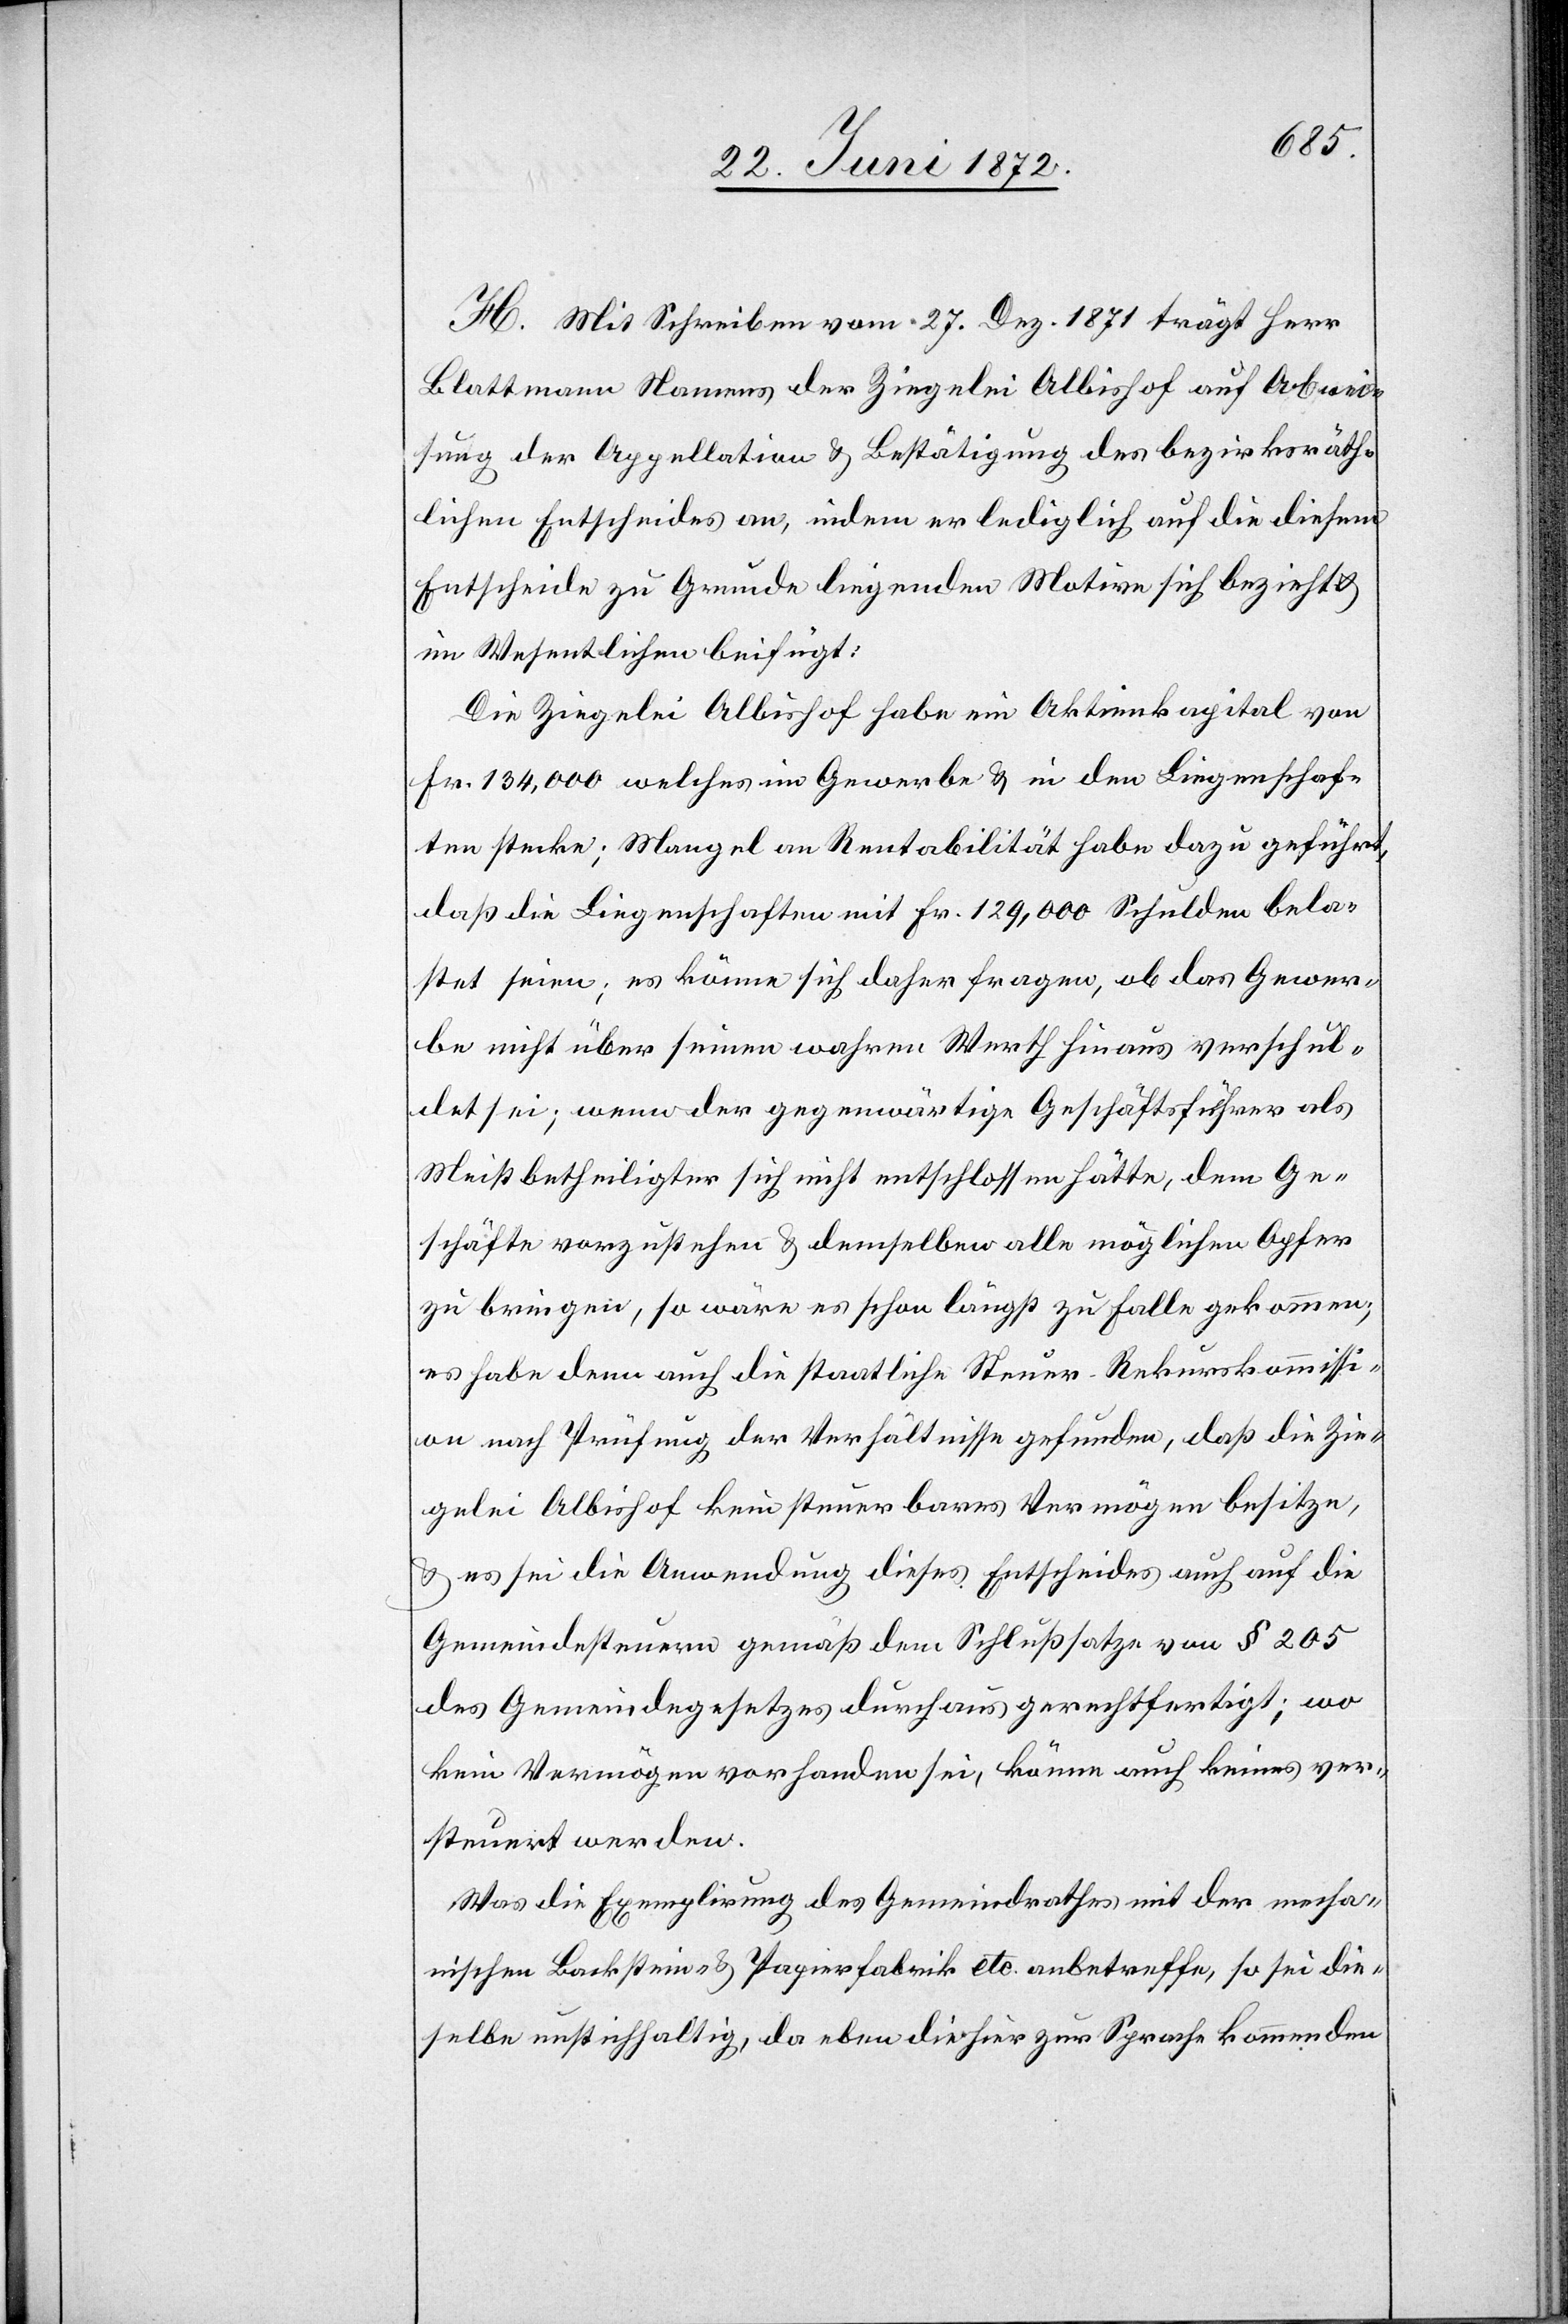
H. Mit Schreiben vom 27. Dez. 1871 trägt Herr
Blattmann Namens der Ziegelei Albishof auf Abwei¬
sung der Appellation u. Bestätigung des bezirksräth¬
lichen Entscheides an, indem er lediglich auf die diesem
Entscheide zu Grunde liegenden Motive sich bezieht u.
im Wesentlichen beifügt:
Die Ziegelei Albishof habe ein Aktienkapital von
Fr. 134,000 welches im Gewerbe u. in den Liegenschaf¬
ten stecke; Mangel an Rentabilität habe dazu geführt,
daß die Liegenschaften mit Fr. 129,000 Schulden bela¬
stet seien; es könne sich daher fragen, ob das Gewer¬
be nicht über seinen wahren Werth hinaus verschul¬
det sei; wenn der gegenwärtige Geschäftsführer als
Meistbetheiligter sich nicht entschlossen hätte, dem Ge¬
schäfte vorzustehen u. demselben alle möglichen Opfer
zu bringen, so wäre es schon längst zu Falle gekommen;
es habe denn auch die staatliche Steuer-Rekurskommissi¬
on nach Prüfung der Verhältnisse gefunden, daß die Zie¬
gelei Albishof kein steuerbares Vermögen besitze,
u. es sei die Anwendung dieses Entscheides auch auf die
Gemeindesteuern gemäß dem Schlußsatze von § 205
des Gemeindegesetzes durchaus gerechtfertigt; wo
kein Vermögen vorhanden sei, können auch keines ver¬
steuert werden.
Was die Exemplirung des Gemeindrathes mit der mecha¬
nischen Backstein- u. Papierfabrik etc. anbetreffe, so sei die¬
selbe unstichhaltig, da eben die hier zur Sprache kommenden